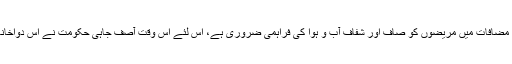
چونکہ شہر کے مضافات میں مریضوں کو صاف اور شفاف آب و ہوا کی فراہمی ضروری ہے، اس لئے اس وقت آصف جاہی حکومت نے اس دواخانہ کو قائم کیا تھا۔